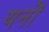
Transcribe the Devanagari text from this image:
यनों